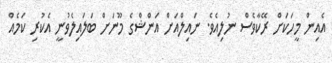
އެއިން މީހަކަށް ރޭކާވެސް ނުލިއެވެ. ނައިލްއަށް އަންޝްގެ މޫނަށް ބަލައިލެވުނީ އެކުރި ކަމެއް